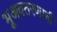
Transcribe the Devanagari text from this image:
भूअवतरणाची